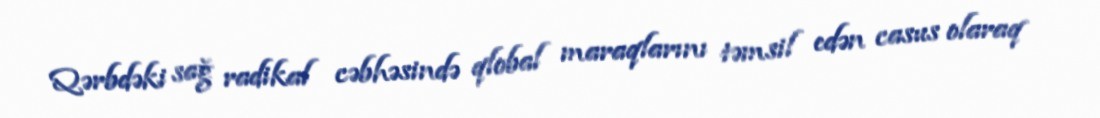
Qərbdəki sağ radikal cəbhəsində qlobal maraqlarını təmsil edən casus olaraq